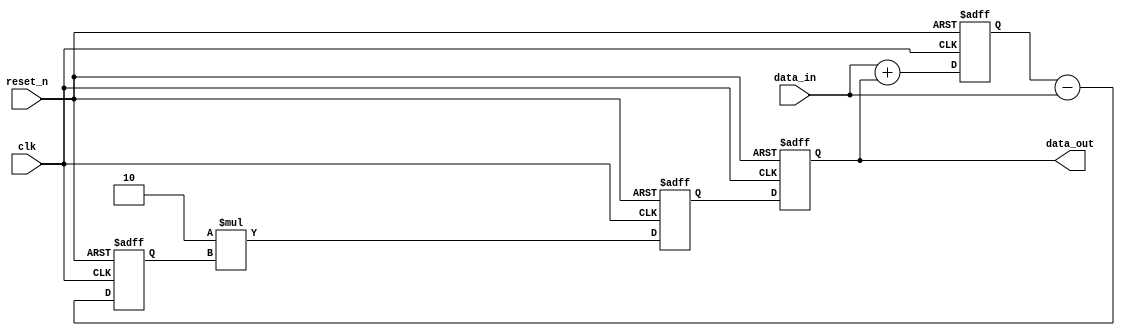
module pipeline_accumulator (
    input wire clk,
    input wire reset_n,
    input wire [7:0] data_in,
    output wire [7:0] data_out
);

reg [7:0] accumulator;
reg [7:0] result1, result2, result3;

always @(posedge clk or negedge reset_n) begin
    if (~reset_n) begin
        accumulator <= 8'h00;
        result1 <= 8'h00;
        result2 <= 8'h00;
        result3 <= 8'h00;
    end else begin
        result1 <= data_in + accumulator;
        result2 <= result1 - data_in;
        result3 <= 2 * result2;
        accumulator <= result3;
    end
end

assign data_out = accumulator;

endmodule